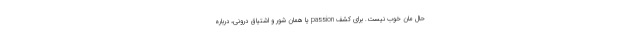
حال مان خوب نیست. برای کشف passion یا همان شور و اشتیاق درونی، درباره